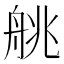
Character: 䑬